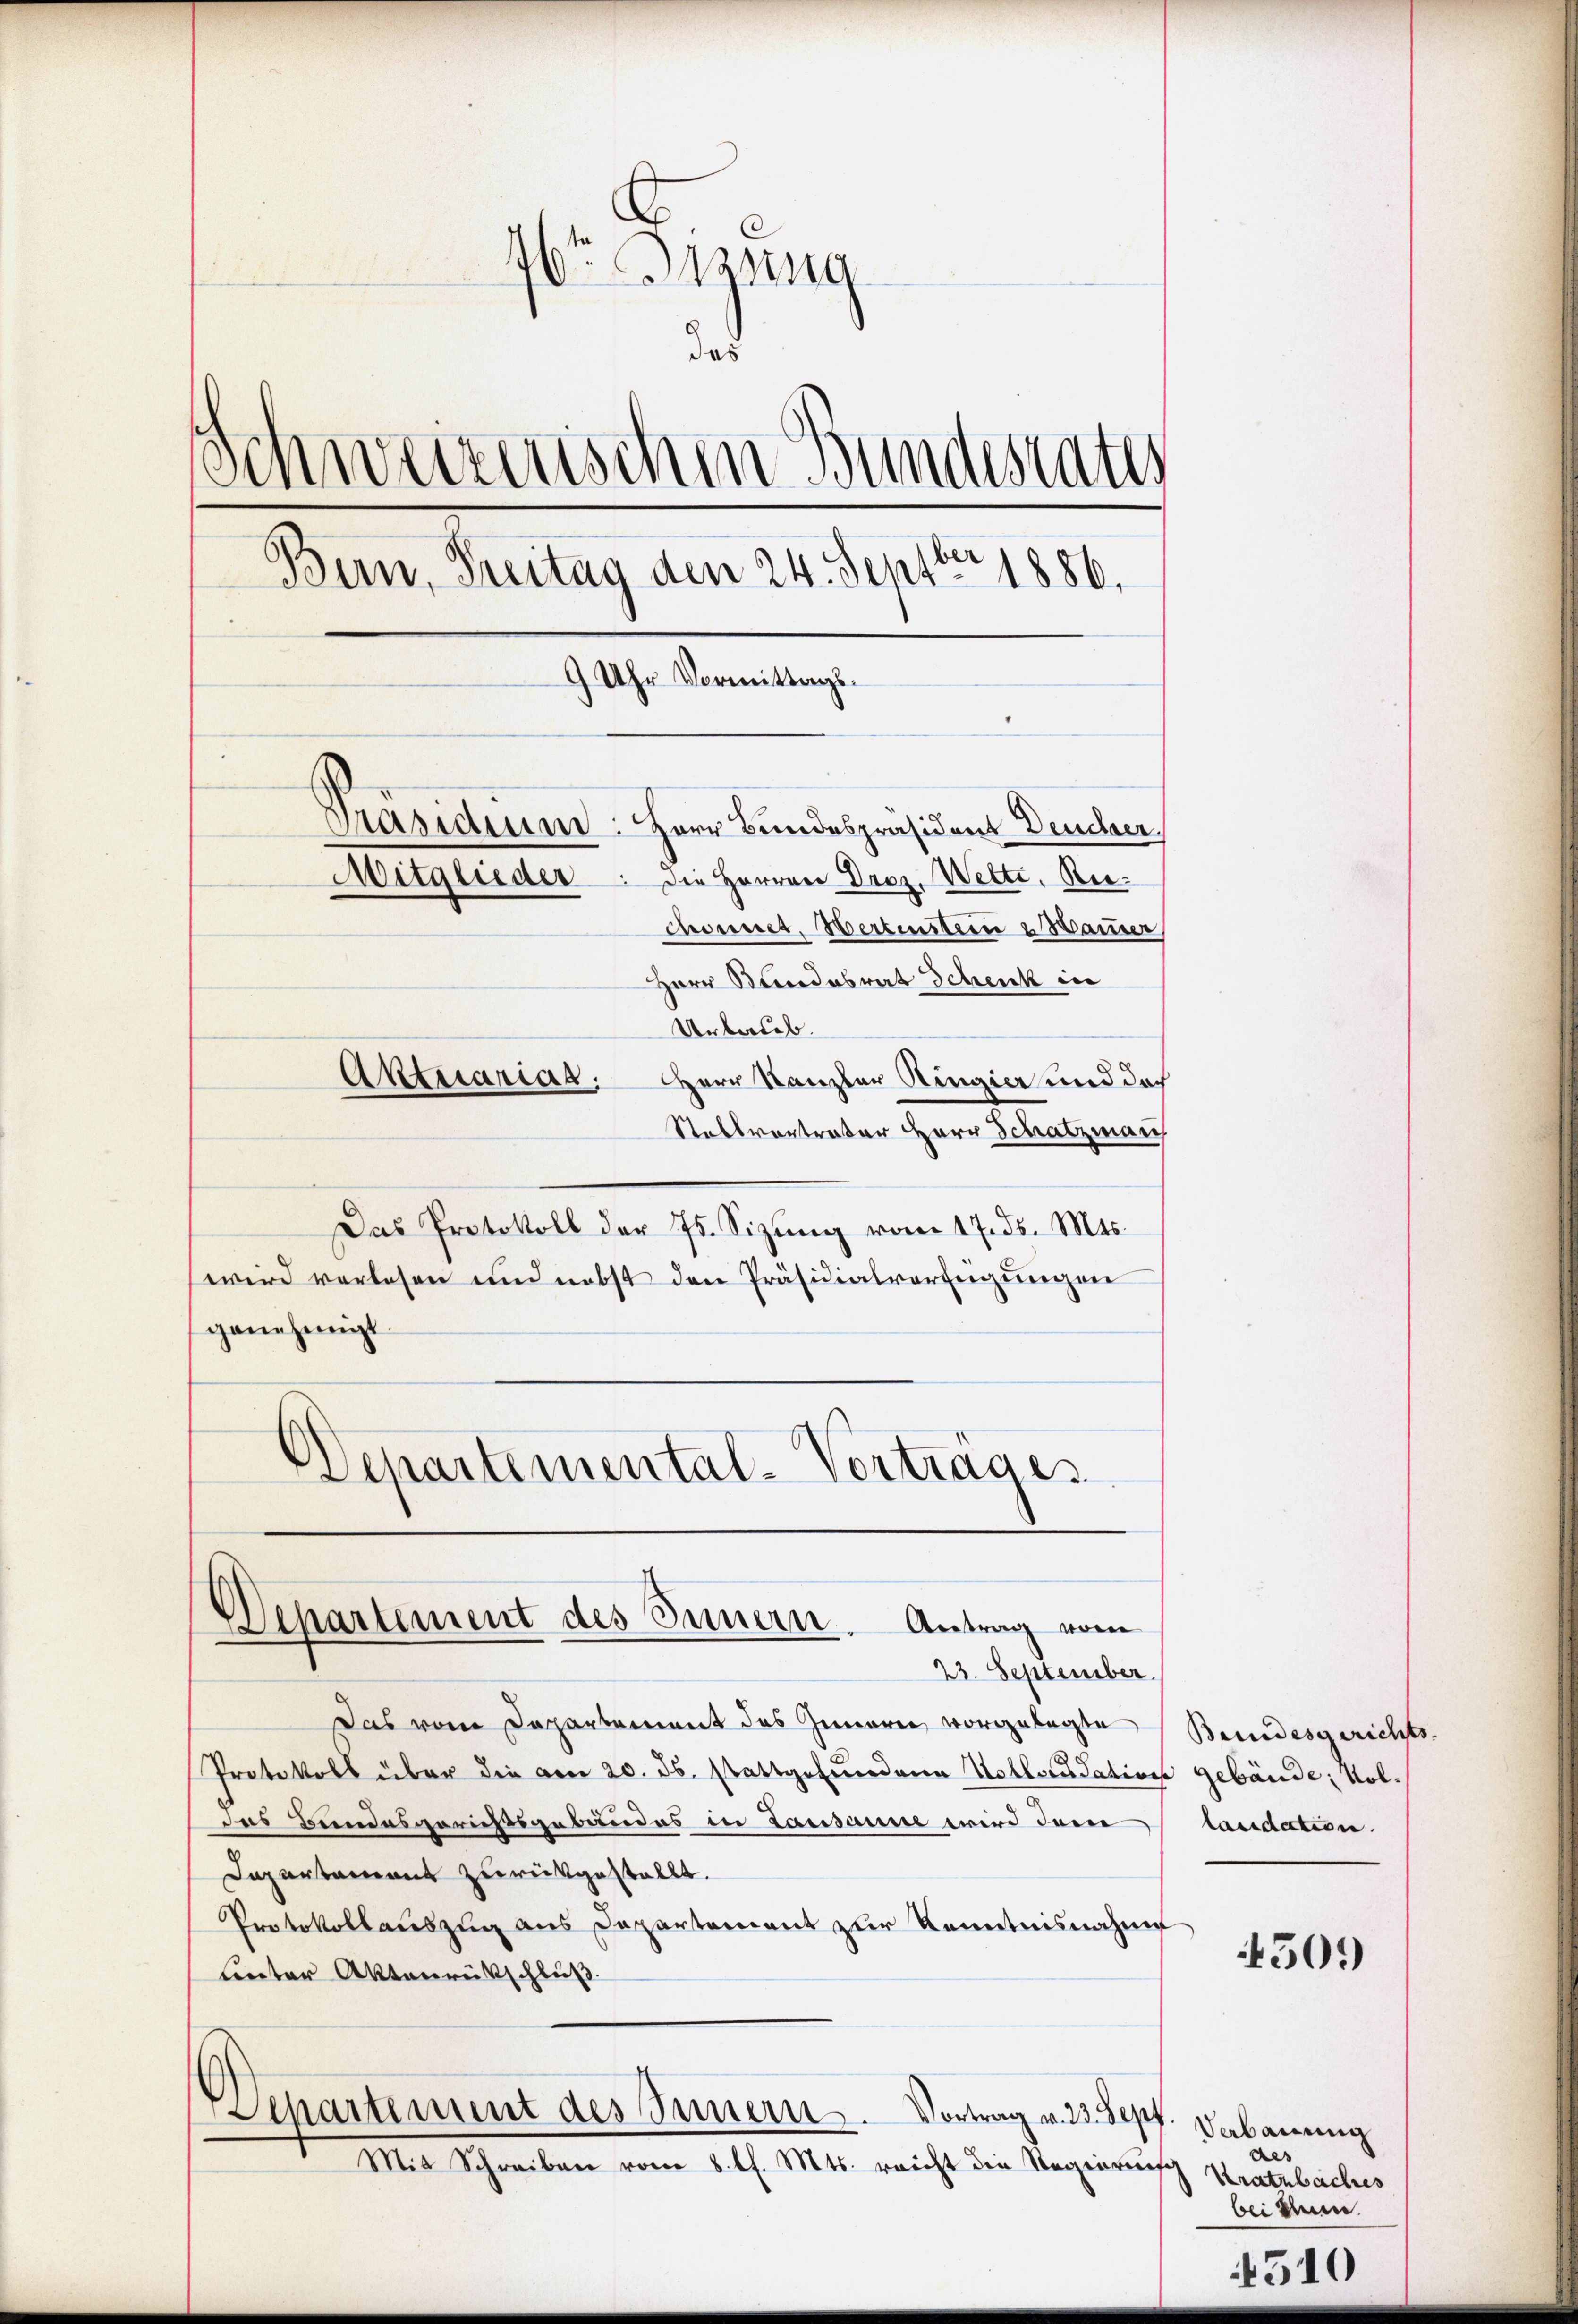
.
ft Irzung
das
Schweizerischen Bundesrates
Bun, Treitag den 24. Septbr 1886.
9 Uhr Vormittags¬
Präsidium. Herr Bundespräsident Deucher,
Die Herren Droz. Welti, Be¬
Mitglieder
chonnet, Wertenstein Baurer,
Herr Stundesrat Schenk in
Urlaub.
Aktuarias. Herr Kanzler Ringier und doch

Stallvortrater Herr Schatzman
Das Protokoll der J. Sizŭng vom 17. ds. Mts.
wird verlesen und nebst den Präsidialverfügungen
genehmigt.
Departemental-Vortrages

Departement des Innern. Antrag vom
23. September

Das vom Departement des Innern vorgelegte Bundesgerichts-
Protokoll über die am 20. ds. stattgefŭndene Kollonsdation gebäude; Koldas Bundesgerichtsgebäudes in Lausanne wird den
Dapartament zurükgestallt.
Protokollauszug aus Departement zur Kenntnisnahme
linter Aktenrückschluß
Departement des Innern. Vortrag v. 23. Sept. Dabauung
Mit Schreiben vom 8. d. Mts. reicht die Regierung Kratzbaches

laudation.

4509)

des
bei denen.

4510